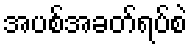
အပစ်အခတ်ရပ်စဲ